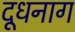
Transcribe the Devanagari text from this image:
दूधनाग